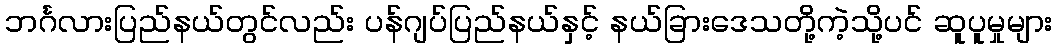
ဘင်္ဂလားပြည်နယ်တွင်လည်း ပန်ဂျပ်ပြည်နယ်နှင့် နယ်ခြားဒေသတို့ကဲ့သို့ပင် ဆူပူမှုများ